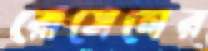
রোসেলের